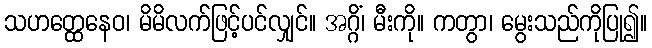
သဟတ္ထေနေဝ၊ မိမိလက်ဖြင့်ပင်လျှင်။ အဂ္ဂိံ၊ မီးကို။ ကတွာ၊ မွေးသည်ကိုပြု၍။